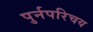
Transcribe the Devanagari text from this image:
पुर्नपरिचय